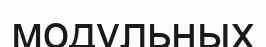
модульных